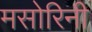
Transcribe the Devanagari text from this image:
मसोरिनी